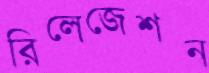
রিলেজেশন